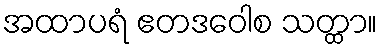
အထာပရံ ဧတဒဝေါစ သတ္ထာ။